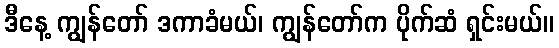
ဒီနေ့ ကျွန်တော် ဒကာခံမယ်၊ ကျွန်တော်က ပိုက်ဆံ ရှင်းမယ်။